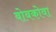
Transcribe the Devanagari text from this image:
बोबकोवा